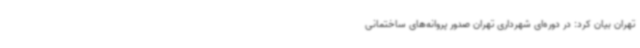
تهران بیان کرد: در دوره‌ای شهرداری تهران صدور پروانه‌های ساختمانی